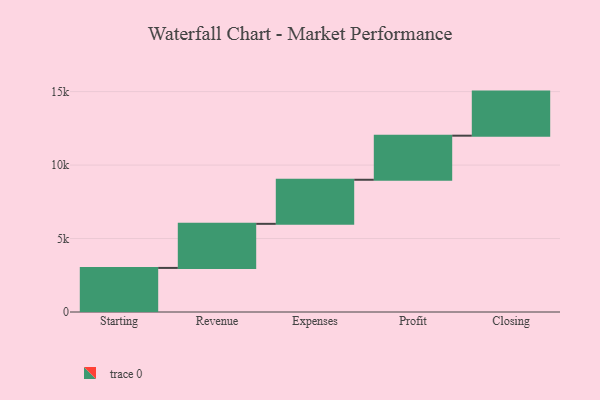
{"axis": {"x": "Step", "y": "Value"}, "legend": [""], "data": [{"x": "Starting", "y": 3000, "type": ""}, {"x": "Revenue", "y": 3000, "type": ""}, {"x": "Expenses", "y": 3000, "type": ""}, {"x": "Profit", "y": 3000, "type": ""}, {"x": "Closing", "y": 3000, "type": ""}]}